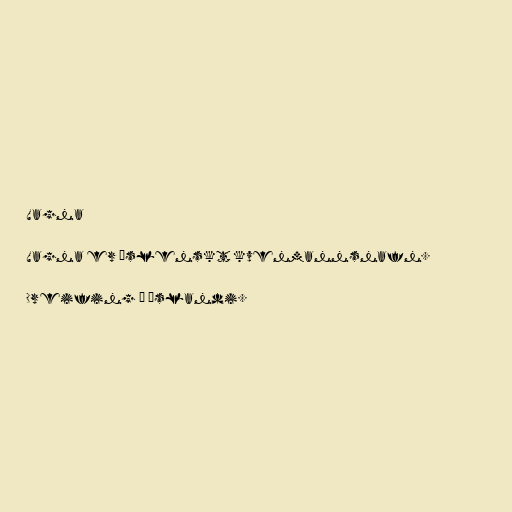
Vagna

Vagna er íslenskt kvenmannsnafn.

Dreifing á Íslandi.